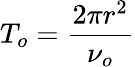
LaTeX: T_{o}=\frac{2\pi r^{2}}{\nu_{o}}